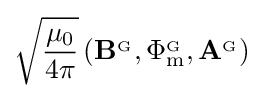
{\sqrt {\frac {\mu _{0}}{4\pi }}}\left(\mathbf {B} ^{_{\mathrm {G} }},\Phi _{\mathrm {m} }^{_{\mathrm {G} }},\mathbf {A} ^{_{\mathrm {G} }}\right)